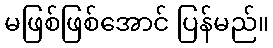
မဖြစ်ဖြစ်အောင် ပြန်မည်။